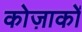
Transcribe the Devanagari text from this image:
कोज़ाकों